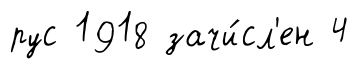
рус 1918 зачи́сл'ен 4